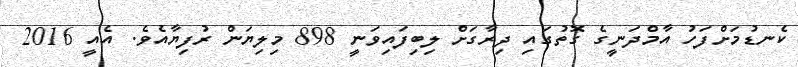
ކެނޑުމަށްފަހު އާމްދަނީގެ ގޮތުގައި ދިރާގަށް ލިބިފައިވަނީ 898 މިލިޔަން ރުފިޔާއެވެ. އެއީ 2016